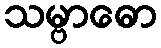
သမ္ဗာဓော